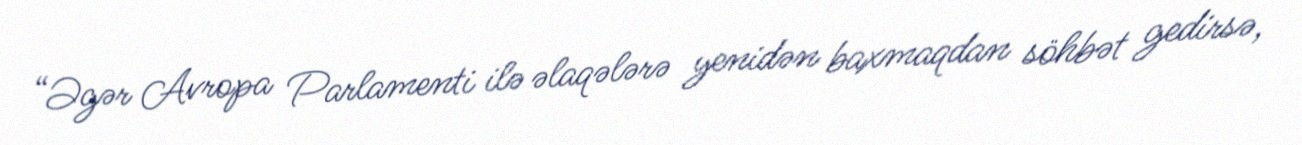
“Əgər Avropa Parlamenti ilə əlaqələrə yenidən baxmaqdan söhbət gedirsə,